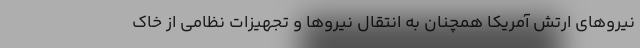
نیروهای ارتش آمریکا همچنان به انتقال نیروها و تجهیزات نظامی از خاک